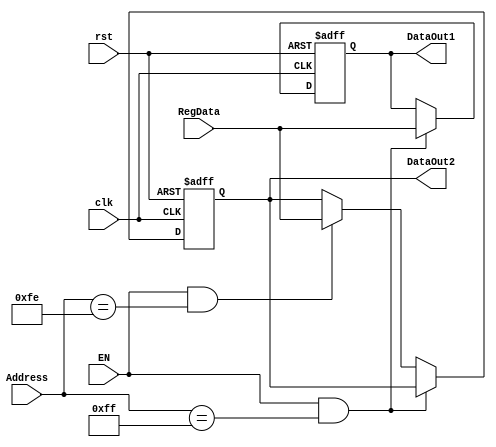
module Parallel_OUT(
    input EN, clk, rst,
    input [31:0] RegData, Address,
    output reg [31:0] DataOut1, DataOut2
);

initial
begin
	DataOut1 = 32'b0;
	DataOut2 = 32'b0;
end


reg [31:0] registrador[1:0];

always@(posedge clk or negedge rst) begin
    if(!rst) begin
        registrador[0] <= 32'b0;
        registrador[1] <= 32'b0;
    end else begin
        if(EN == 1'b1 && Address == 32'h000000FF) begin
            registrador[0] <= RegData;
        end else if(EN == 1'b1 && Address == 32'h000000FE) begin
            registrador[1] <= RegData;
        end
    end
end
    
always@(*) begin
    DataOut1 = registrador[0];
    DataOut2 = registrador[1];
end

endmodule